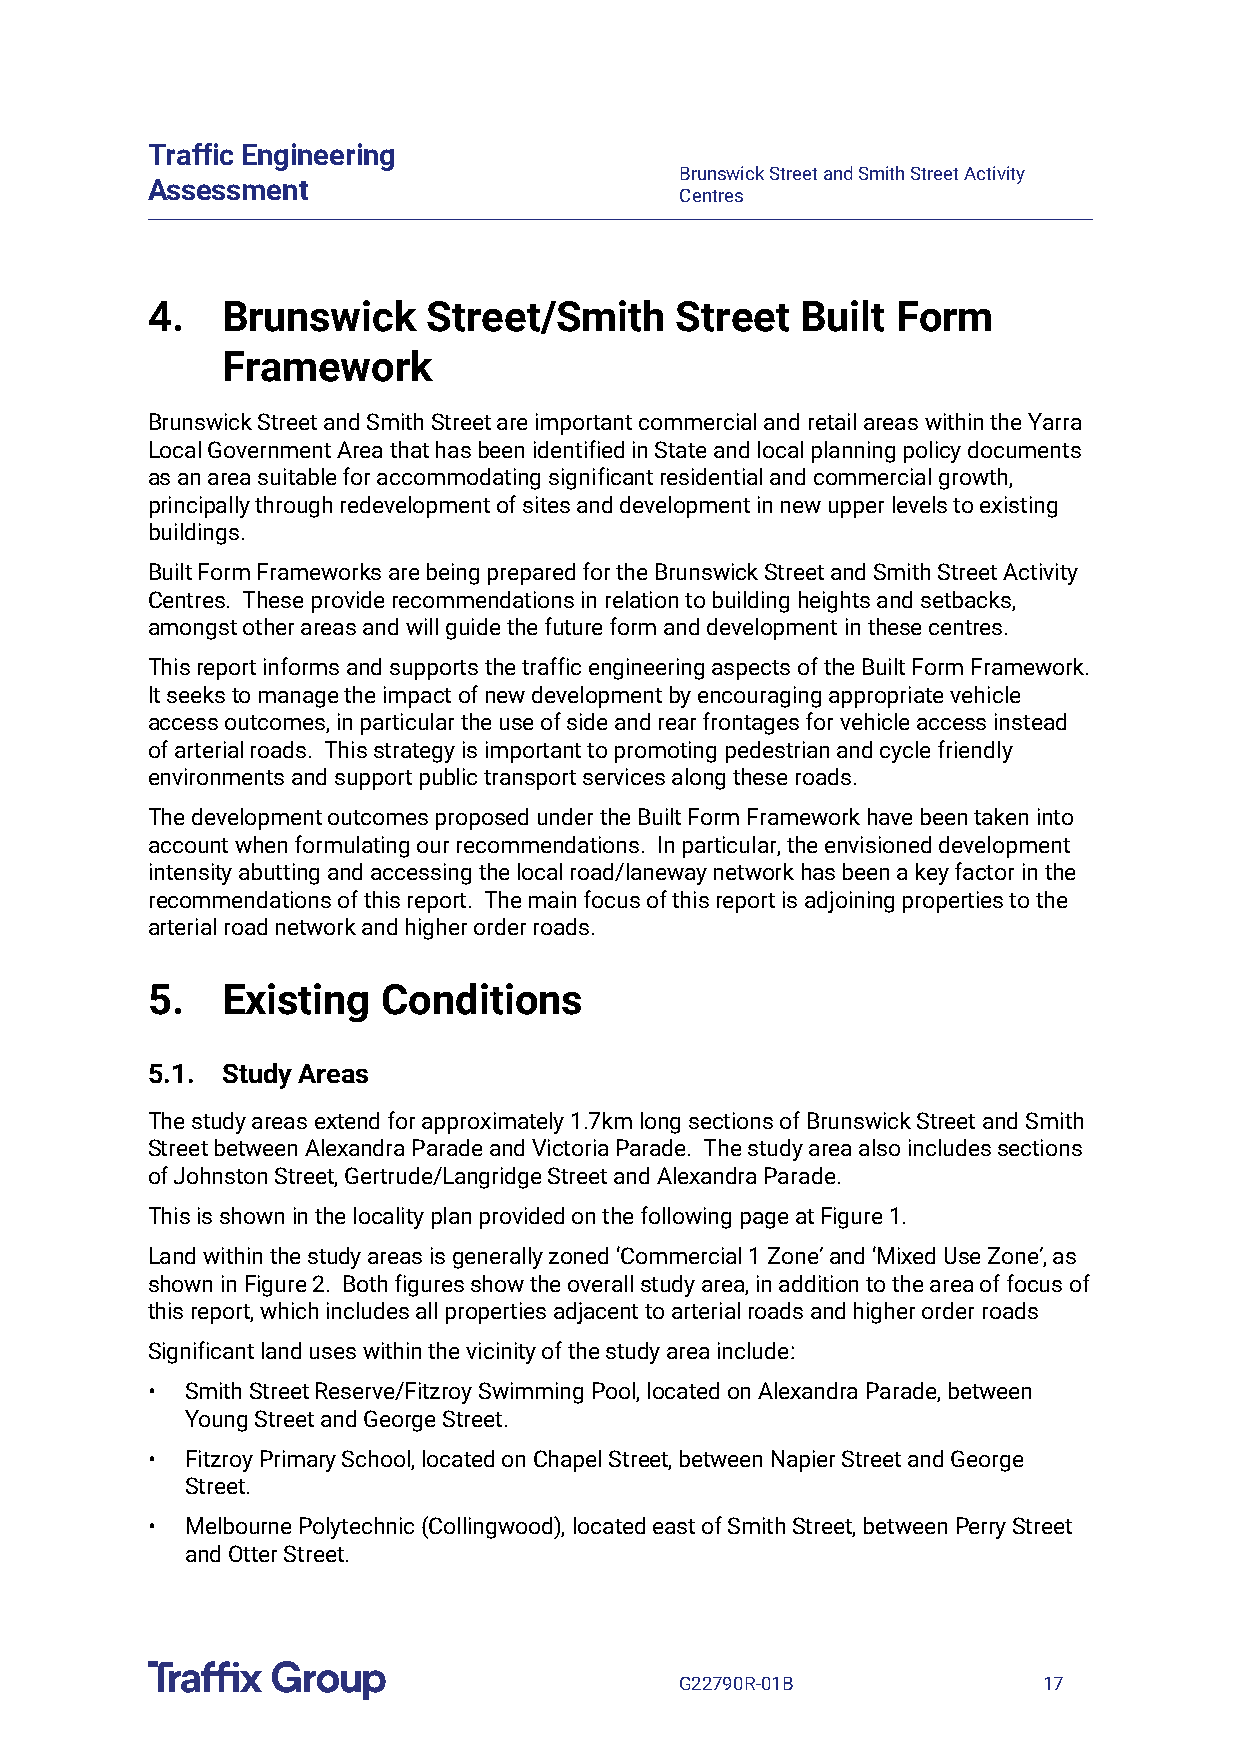
Traffic Engineering
 Brunswick Street and Smith Street Activity
 Assessment
 Centres
 4.   Brunswick    Street/Smith     Street  Built Form
 Framework
 Brunswick Street and Smith Street are important commercial and retail areas within the Yarra
 Local Government Area that has been identified in State and local planning policy documents
 as an area suitable for accommodating significant residential and commercial growth,
 principally through redevelopment of sites and development in new upper levels to existing
 buildings.
 Built Form Frameworks are being prepared for the Brunswick Street and Smith Street Activity
 Centres. These provide recommendations in relation to building heights and setbacks,
 amongst other areas and will guide the future form and development in these centres.
 This report informs and supports the traffic engineering aspects of the Built Form Framework.
 It seeks to manage the impact of new development by encouraging appropriate vehicle
 access outcomes, in particular the use of side and rear frontages for vehicle access instead
 of arterial roads. This strategy is important to promoting pedestrian and cycle friendly
 environments and support public transport services along these roads.
 The development outcomes proposed under the Built Form Framework have been taken into
 account when formulating our recommendations. In particular, the envisioned development
 intensity abutting and accessing the local road/laneway network has been a key factor in the
 recommendations of this report. The main focus of this report is adjoining properties to the
 arterial road network and higher order roads.
 5.   Existing  Conditions
 5.1. Study Areas
 The study areas extend for approximately 1.7km long sections of Brunswick Street and Smith
 Street between Alexandra Parade and Victoria Parade. The study area also includes sections
 of Johnston Street, Gertrude/Langridge Street and Alexandra Parade.
 This is shown in the locality plan provided on the following page at Figure 1.
 Land within the study areas is generally zoned ‘Commercial 1 Zone’ and ‘Mixed Use Zone’, as
 shown in Figure 2. Both figures show the overall study area, in addition to the area of focus of
 this report, which includes all properties adjacent to arterial roads and higher order roads
 Significant land uses within the vicinity of the study area include:
 • Smith Street Reserve/Fitzroy Swimming Pool, located on Alexandra Parade, between
 Young Street and George Street.
 • Fitzroy Primary School, located on Chapel Street, between Napier Street and George
 Street.
 • Melbourne Polytechnic (Collingwood), located east of Smith Street, between Perry Street
 and Otter Street.
 G22790R-01B             17